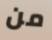
من